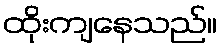
ထိုးကျနေသည်။